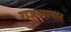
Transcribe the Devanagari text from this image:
राजव्यापार